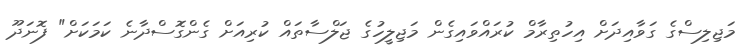
މަޖިލިސްގެ ގަވާއިދަށް އިހުތިރާމް ކުރައްވައިގެން މަޖިލީހުގެ ޖަލްސާތައް ކުރިއަށް ގެންގޮސްދާނެ ކަމަކަށް" ފޮނަދޫ